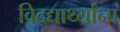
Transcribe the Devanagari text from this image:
विद्द्यार्थ्यांना